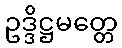
ဥဒ္ဒိဋ္ဌမတ္တေ